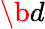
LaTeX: \b{d}